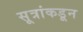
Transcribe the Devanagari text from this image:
सूत्रांकडून